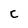
Character: C